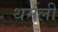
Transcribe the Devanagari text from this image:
थर्मली